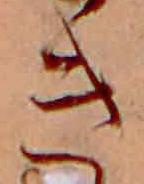
き